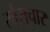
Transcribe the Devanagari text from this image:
स्वैराचार